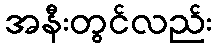
အနီးတွင်လည်း